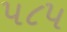
૫૮૫